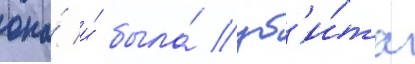
она́ и́ была́ уб'и́та